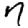
Digit: 7